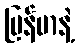
မြန်မာနဲ့